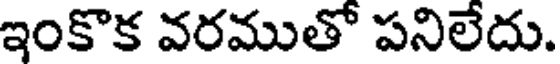
ఇంకొక వరముతో పనిలేదు.